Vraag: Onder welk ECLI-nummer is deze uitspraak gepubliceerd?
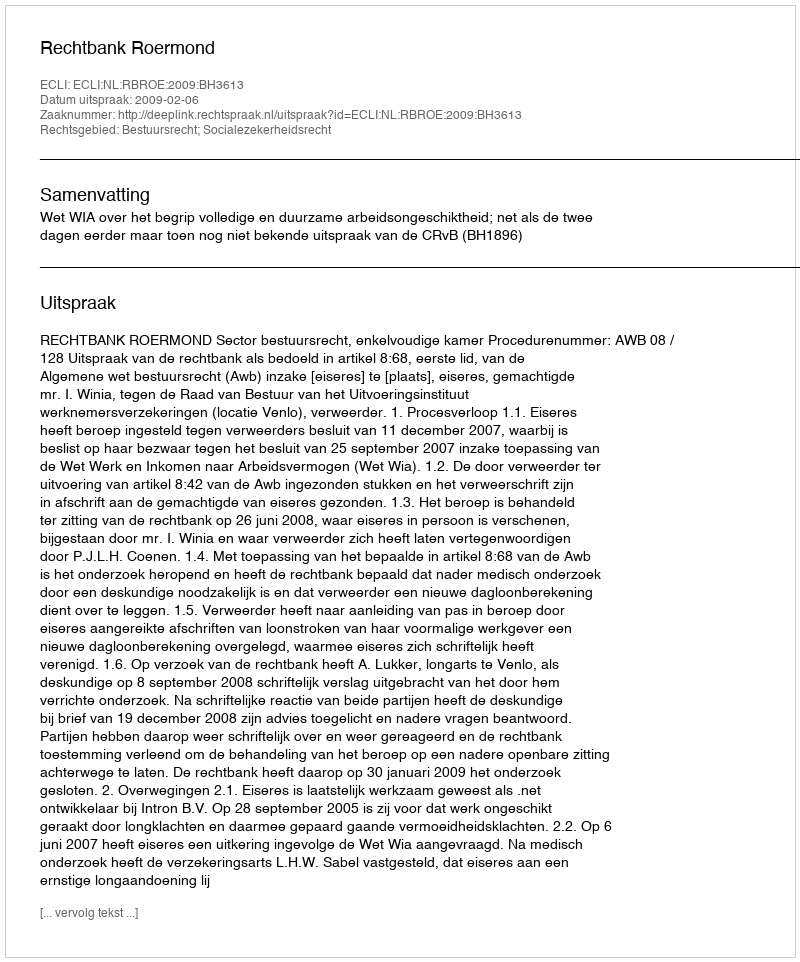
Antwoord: ECLI:NL:RBROE:2009:BH3613